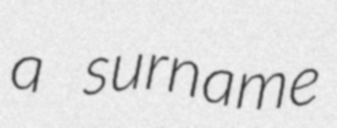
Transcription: a surname